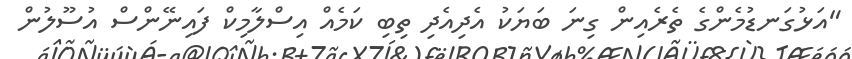
"އަޅުގަނޑުމެންގެ ތެރެއިން ގިނަ ބަޔަކު އެދިއެދި ތިބި ކަމެއް އިސްލާމިކް ފައިނޭންސް އުސޫލުން